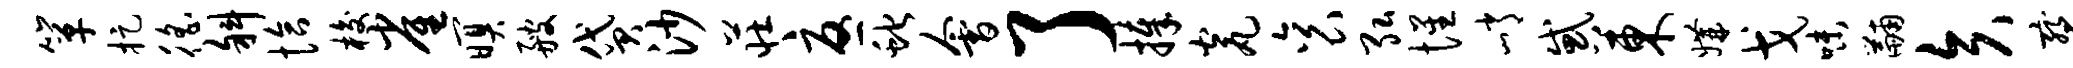
箪捉徭斜恰梭雀暝艘贷沙庄忧蛇会了捧瓮衮弘惺峭惑东媾戈味黼矢察